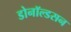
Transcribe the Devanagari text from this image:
डोनॉल्डसन